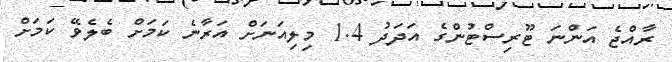
ރާއްޖެ އަންނަ ޓޫރިސްޓުންގެ އަދަދު 1.4 މިލިއަނަށް އަރާނެ ކަމަށް ބެލެވޭ ކަމަށް